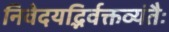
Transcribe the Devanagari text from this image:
निवेदयद्भिर्वक्तव्यंतैः